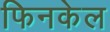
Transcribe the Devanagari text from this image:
फिनकेल